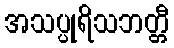
အသပ္ပုရိသဘတ္တီ